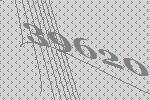
39620